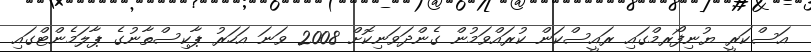
އަސްކަރީ ޔުނިފޯރމްގައި ރައީސްކަން ކުރައްވަމުން ގެންދަވަނިކޮށް 2008 ވަނަ އަހަރު ޕާކިސްތާނުގެ ޕާލަމެންޓްގައި